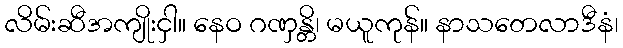
လိမ်းဆီအကျိုးငှါ။ နေဝ ဂဏှန္တိ၊ မယူကုန်။ နာသတေလာဒီနံ၊